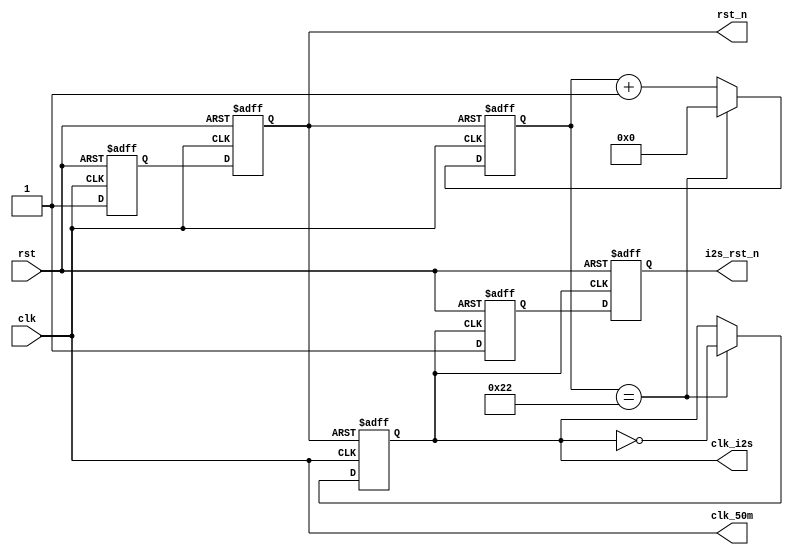
//***************************************************************************
//   Module name      :   
//   Email            :
//   Version          :   v1.0
//
//   Abstract         :   
//
//   Modification history
//   ------------------------------------------------------------------------
// Version       Date(yyyy/mm/dd)   name
// Description
//
// $Log$
//***************************************************************************
module CRG
(
	input			clk,
	input			rst,
	output			clk_50m,
	output	reg		clk_i2s,
	output			rst_n,
	output			i2s_rst_n
);

reg		rst_ff0, rst_ff1;
reg		i2s_rst_ff0, i2s_rst_ff1;

// I2S Fs = 20K
reg	[7:0]	clk_div_cnt;

assign clk_50m = clk;

// I2S CLK
always @ (posedge clk or negedge rst_n)
	if(!rst_n) begin
		clk_div_cnt <= 'd0;
		clk_i2s <= 1'b0;
	end
	else begin
		if(clk_div_cnt == 8'd34) begin
			clk_div_cnt <= 8'd0;
			clk_i2s <= ~clk_i2s;
		end
		else begin
			clk_i2s <= clk_i2s;
			clk_div_cnt <= clk_div_cnt + 1'b1;
		end
	end

// Reset Generation
always @ (posedge clk or posedge rst)
begin
	if(rst) begin
		rst_ff0 <= 1'b0;
		rst_ff1 <= 1'b0;
	end
	else begin
		rst_ff0 <= 1'b1;
		rst_ff1 <= rst_ff0;
	end
end

assign rst_n = rst_ff1;

// Reset Generation
always @ (posedge clk_i2s or posedge rst)
begin
	if(rst) begin
		i2s_rst_ff0 <= 1'b0;
		i2s_rst_ff1 <= 1'b0;
	end
	else begin
		i2s_rst_ff0 <= 1'b1;
		i2s_rst_ff1 <= i2s_rst_ff0;
	end
end

assign i2s_rst_n = i2s_rst_ff1;


endmodule